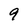
Character: 9